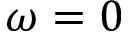
\omega = 0